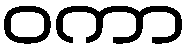
ဝကာ